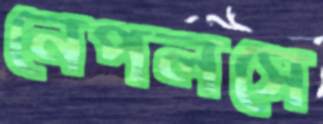
নেপলসে